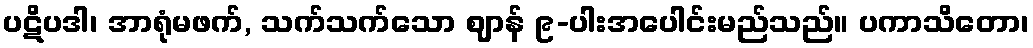
ပဋိပဒါ၊ အာရုံမဖက်, သက်သက်သော ဈာန် ၉-ပါးအပေါင်းမည်သည်။ ပကာသိတော၊